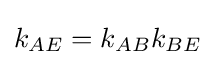
k_{AE}=k_{AB}k_{BE}